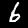
Digit: 6